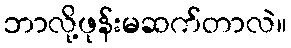
ဘာလို့ဖုန်းမဆက်တာလဲ။